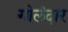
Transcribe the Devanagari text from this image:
गोलंदार